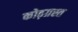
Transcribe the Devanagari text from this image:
कोढ़ग्रस्त